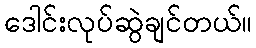
ဒေါင်းလုပ်ဆွဲချင်တယ်။